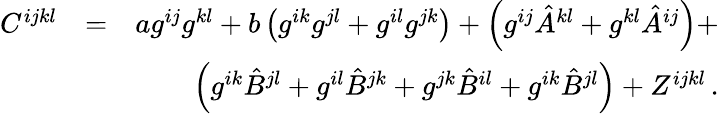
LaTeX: \begin{array}{rlr}{C^{ijkl}}&{=}&{ag^{ij}g^{kl}+b\left(g^{ik}g^{jl}+g^{il}g^{jk}\right)+\left(g^{ij}{\hat{A}}^{kl}+g^{kl}{\hat{A}}^{ij}\right)+}\\ &{}&{\left(g^{ik}{\hat{B}}^{jl}+g^{il}{\hat{B}}^{jk}+g^{jk}{\hat{B}}^{il}+g^{ik}{\hat{B}}^{jl}\right)+Z^{ijkl}\, .}\end{array}